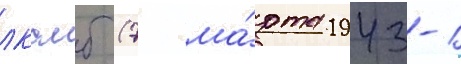
лксмб (7 ма́рта 1943-1